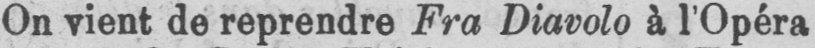
On vient de reprendre Fra Diavolo à l’Opéra